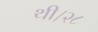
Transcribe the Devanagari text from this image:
थी।२८